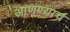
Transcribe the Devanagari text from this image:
आणण्याचं